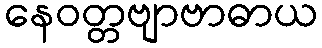
နေဝတ္တဗျာဗာဓာယ